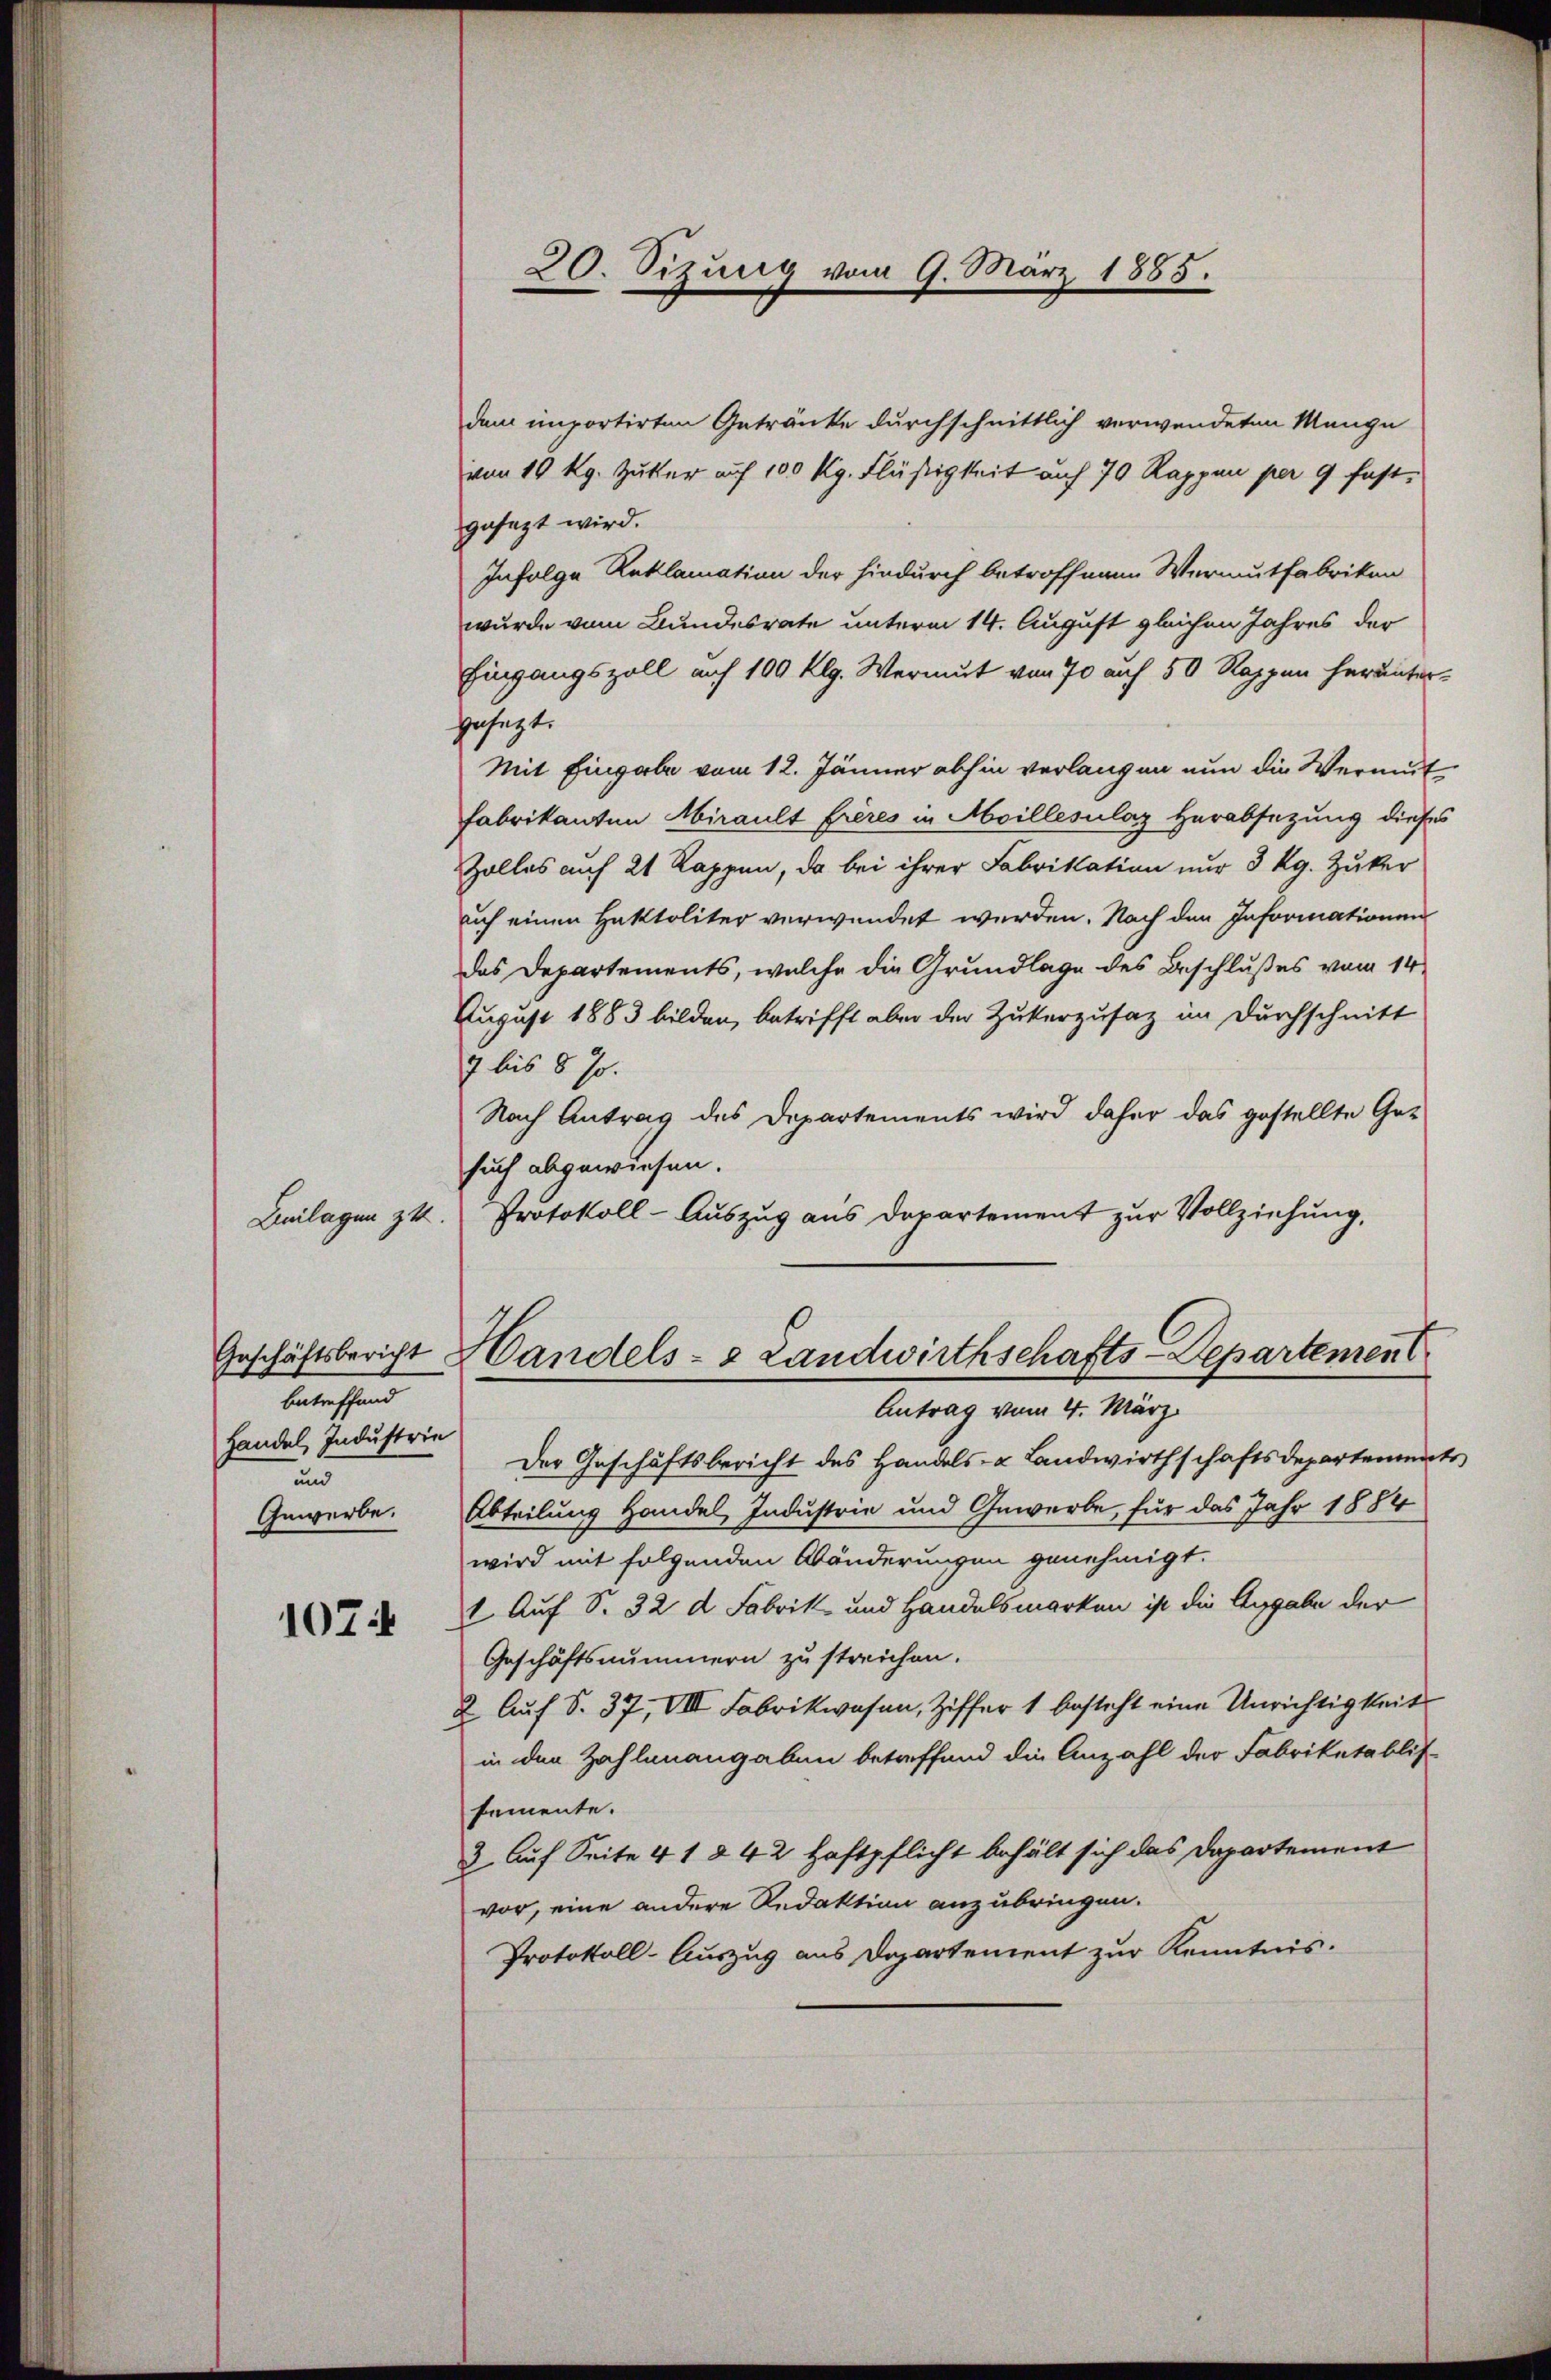
Beilagen zu

Geschäftsbericht
betreffend
Handel, Industrie
und
Gewerbe.

107

ie

20. Sizung vom 9. März 1885.

dem importirten Getränke durchschnittlich verwendeten Mange
von 10 kg. Zuker auf 100 Kg. Flüssigkeit auf 70 Rappen per 9 fast
gusazt wird.
Infolge Reklamation der hindurch betroffenen Wermutfabriken
wurde vom Bundesrate unterm 14. August gleichen Jahres der
Eingangszoll auf 100 klg. Wermut von 70 auf 50 Rappen herunteresezt.
Mit Eingabe vom 12. Jänner abhin verlangen nun die Vermut
Fabrikanten Airault frères in Moillesilaz Herabsetzung dieses
Zolles auf 21 Rappen, da bei ihrer Fabrikation nur 3 kg. Zuker
uch einen Hektoliter verwendet werden. Nach den Informationen
das Departements, welche die Grundlage des Beschlußes vom 14.
Zugust 1883 bilden, betrifft aber der Zukerzusaz im Durchschnitt
7 bis 8 s.
Nach Antrag des Departements wird daher das gestellte Gesuch abgewiesen.
Protokoll - Auszug aus Departement zur Vollziehung,
Handels- & Landwirthschafts-Departement
Antrag vom 4. März.
Der Geschäftsbericht des Handels- & Landwirthschaftsdepartements
Abteilung Handel Industrie und Gewerbe, für das Jahr 1884
wird mit folgenden Abänderungen genehmigt.
1. Auf S. 32 d. Fabrik und Handelsmarken ist die Angabe der
Geschäftsnummern zu streichen.
 Auf S. 37, VIII Fabrikwesen, Ziffer 1 besteht eine Unrichtigkeit
in den Zahlenangaben betreffend die Anzahl der Fabriketablis
semente.
3. Auf Seite 41 § 42 Haftpflicht behält sich das Dapartement
vor, eine andere Redaktion anzubringen.
Protokoll-Auszug aus Departement zur Kenntnis.